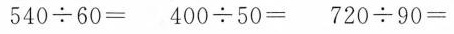
$$5 4 0 \div 6 0 =$$ $$4 0 0 \div 5 0 = $$ $$7 2 0 \div 9 0 =$$